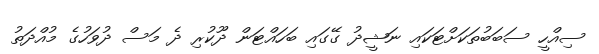
ސިއްހީ ސަބަބުތަކަށްޓަކައި ނަޝީދު ގޭގައި ބަހައްޓަން ދޫކުރި ދެ މަސް ދުވަހުގެ މުއްދަތު